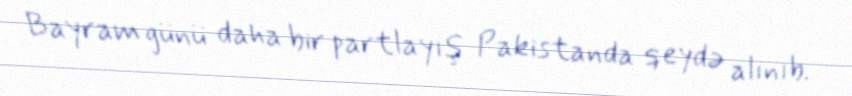
Bayram günü daha bir partlayış Pakistanda qeydə alınıb.